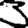
Digit: 3